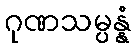
ဂုဏသမ္ပန္နံ